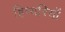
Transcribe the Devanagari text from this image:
हिम्यरियों